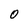
Character: 0